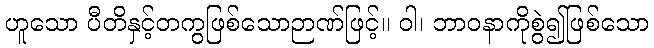
ဟူသော ပီတိနှင့်တကွဖြစ်သောဉာဏ်ဖြင့်။ ဝါ၊ ဘာဝနာကိုစွဲ၍ဖြစ်သော